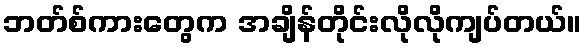
ဘတ်စ်ကားတွေက အချိန်တိုင်းလိုလိုကျပ်တယ်။